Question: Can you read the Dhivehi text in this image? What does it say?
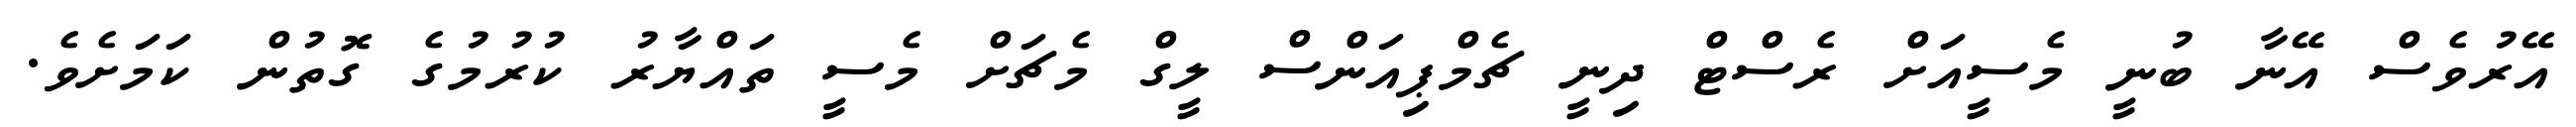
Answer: އޭރުވެސް އޭނާ ބުނީ މެސީއަށް ރެސްޓް ދިނީ ޗެމްޕިއަންސް ލީގް މެޗަށް މެސީ ތައްޔާރު ކުރުމުގެ ގޮތުން ކަމަށެވެ.